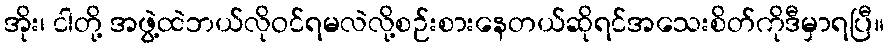
အိုး၊ ငါတို့ အဖွဲ့ထဲဘယ်လိုဝင်ရမလဲလို့စဉ်းစားနေတယ်ဆိုရင်အသေးစိတ်ကိုဒီမှာရပြီ။